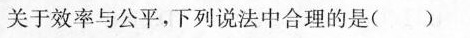
关于效率与公平，下列说法中合理的是()